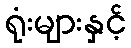
ရုံးများနှင့်